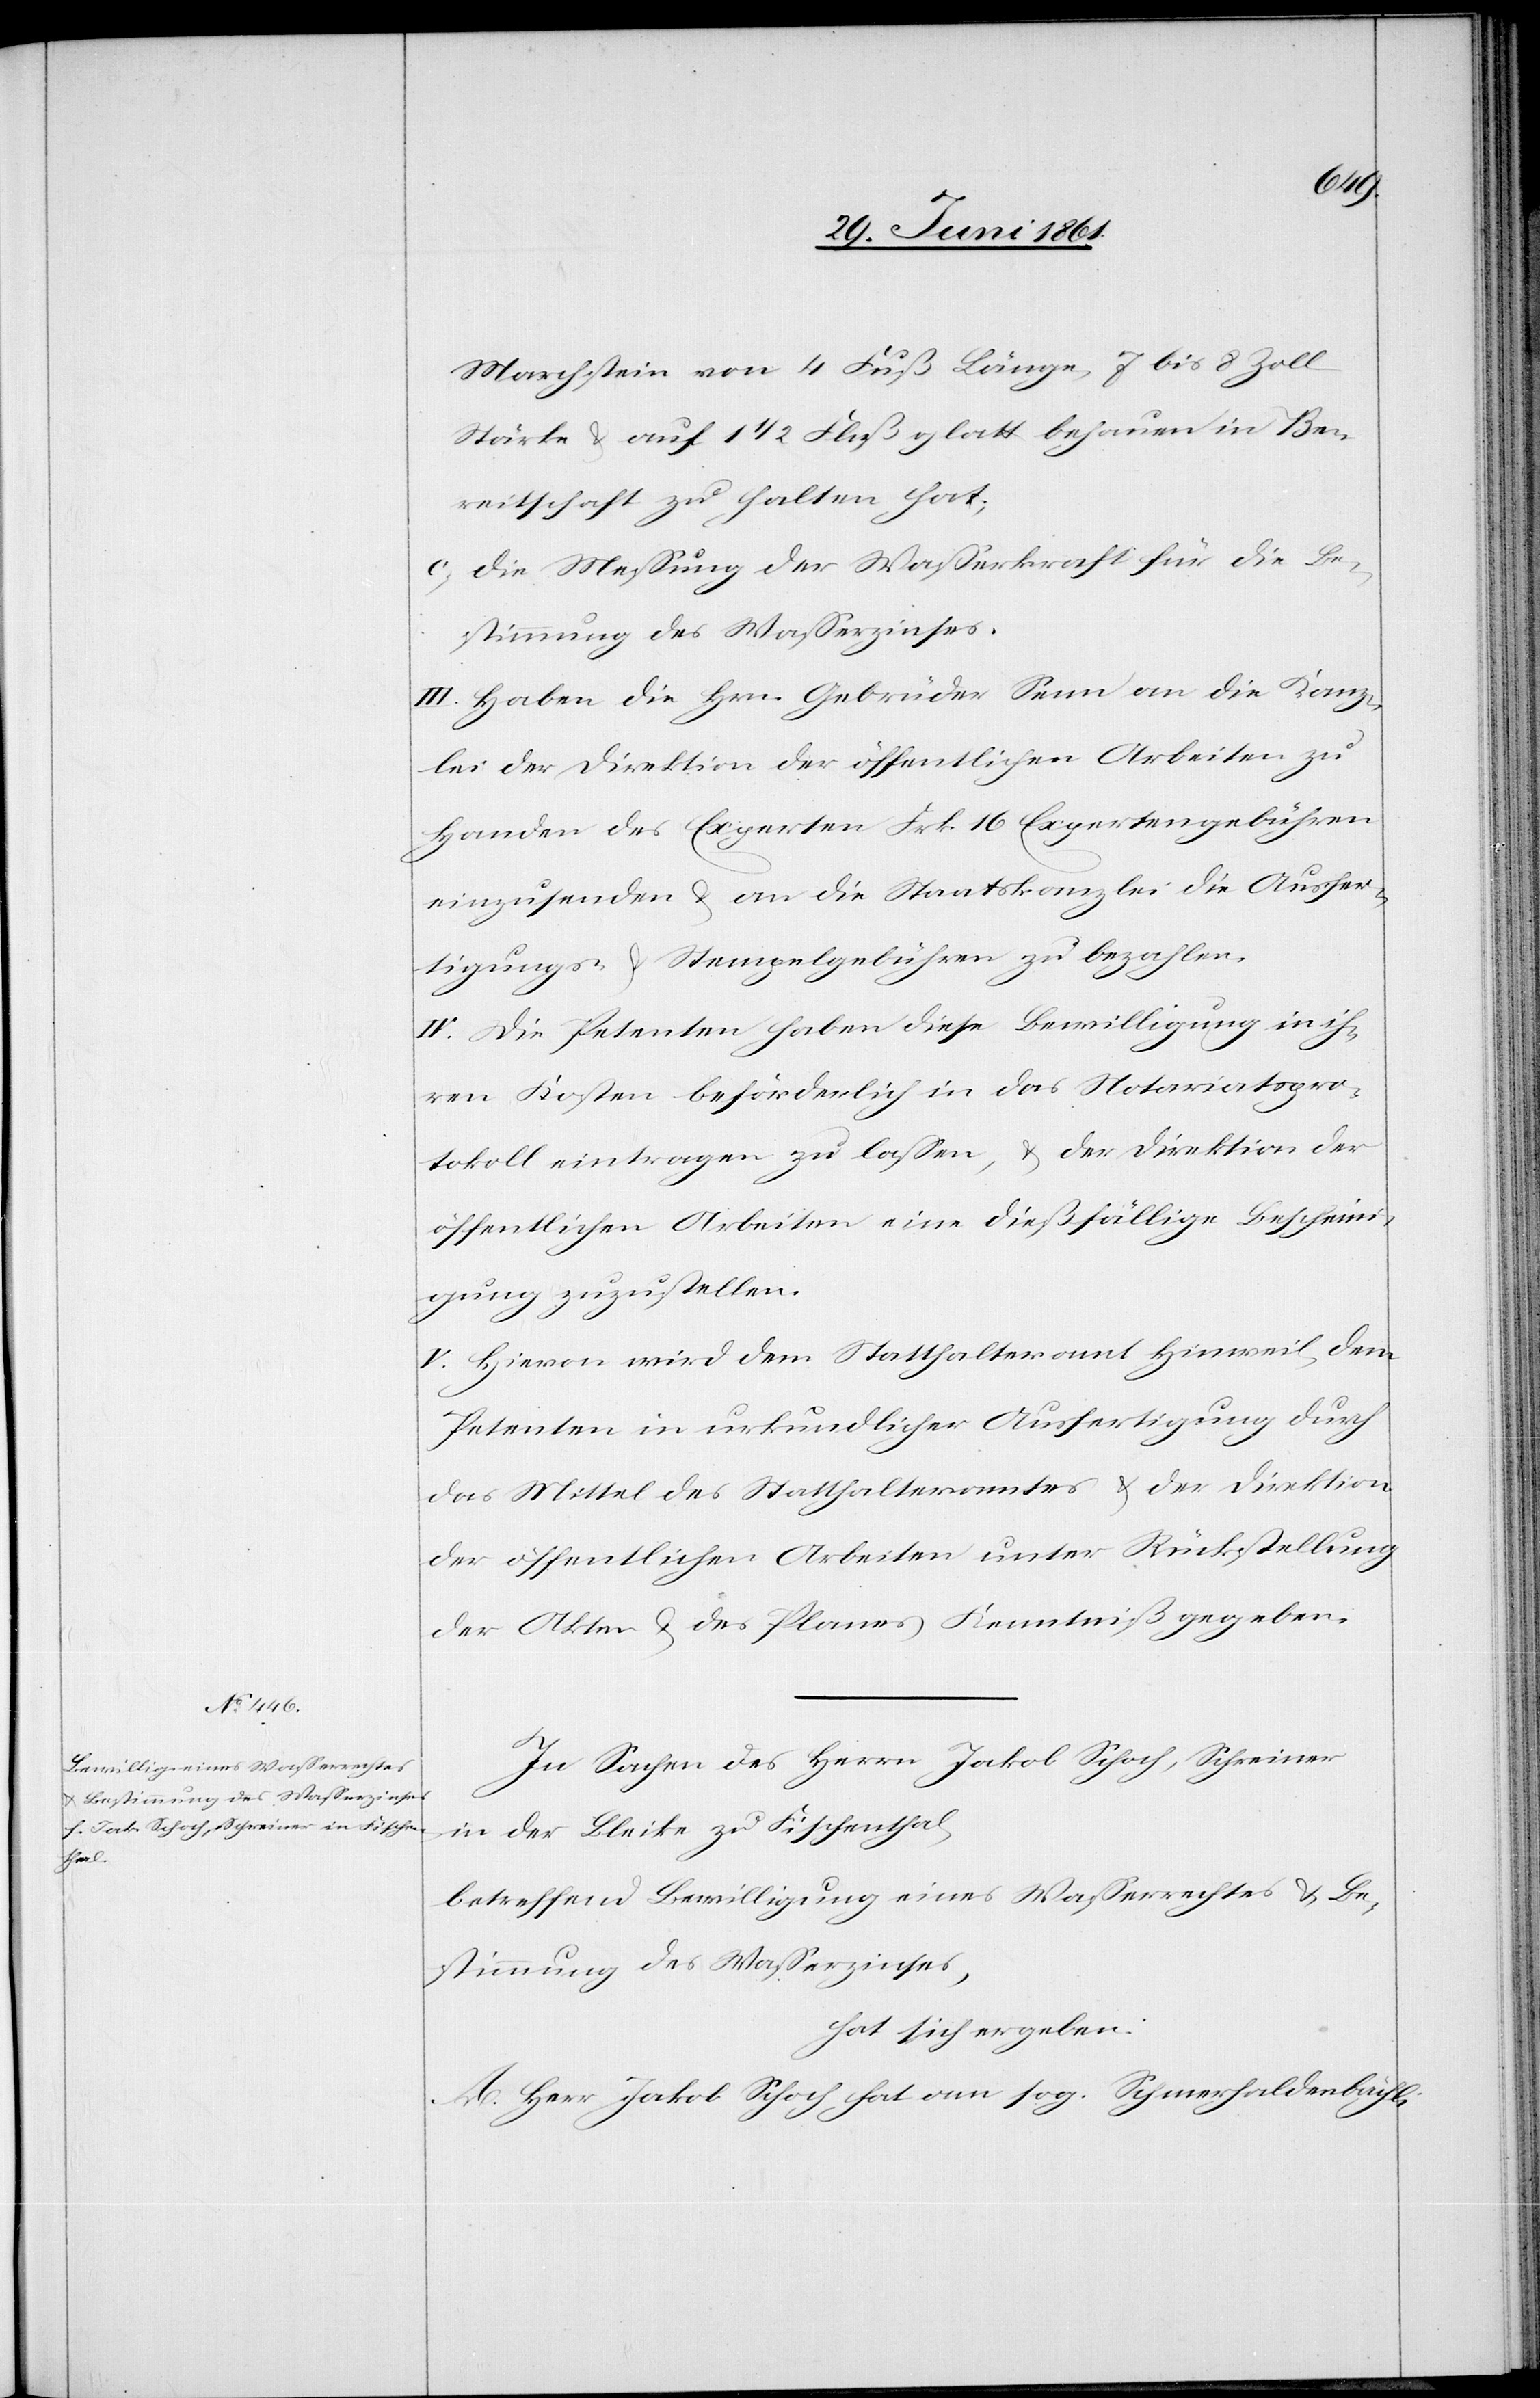
Marchstein von 4 Fuß Länge, 7 bis 8 Zoll
Stärke u. auf 1 1/2 Fuß glatt behauen in Be¬
reitschaft zu halten hat;
c) Die Messung der Wasserkraft für die Be¬
stimmung des Wasserzinses.
III. Haben die Hrn. Gebrüder Senn an die Kanz¬
lei der Direktion der öffentlichen Arbeiten zu
Handen des Experten Frk. 16 Expertengebühren
einzusenden u. an die Staatskanzlei die Ausfer¬
tigungs- u. Stempelgebühren zu bezahlen.
IV. Die Petenten haben diese Bewilligung in ih¬
ren Kosten beförderlich in das Notariatspro¬
tokoll eintragen zu lassen, u. der Direktion der
öffentlichen Arbeiten eine dießfällige Bescheini¬
gung zuzustellen.
V. Hievon wird dem Statthalteramt Hinweil, dem
Petenten in urkundlicher Ausfertigung durch
das Mittel des Statthalteramtes u. der Direktion
der öffentlichen Arbeiten unter Rückstellung
der Akten u. des Planes Kenntniß gegeben.
In Sachen des Herrn Jakob Schoch, Schreiner
in der Bleike zu Fischenthal,
betreffend Bewilligung eines Wasserrechtes u. Be¬
stimmung des Wasserzinses,
hat sich ergeben:
A. Herr Jakob Schoch hat am sog. Schmerhaldenbächli